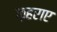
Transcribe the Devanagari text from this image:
फ़हराए